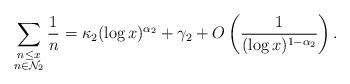
LaTeX: \begin{align*}\sum _{\substack{n \leq x\\ n\in \mathcal{N}_2}} \frac{1}{n}=\kappa _2 (\log x)^{\alpha _2}+\gamma _2+O\left(\frac{1}{(\log x)^{1-\alpha _2}}\right) .\end{align*}